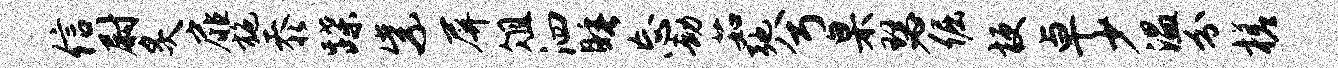
信尉炙扉施忝蹀紫屏俎泗睡忘劫茹弛兮臬瑟倔梗卓少温分槎